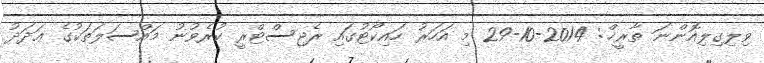
ވިލިގިލިއޮންނަ ތާރީޚް: 2014-10-29 މި އަހަރު ހައިކޯޓުގައި ރެޖިސްޓްރީ ކުރެވުނު މައްސަލަތަކުގެ ޢަދަދު